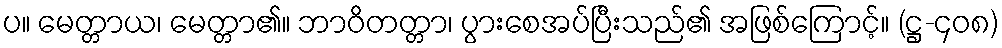
ပ။ မေတ္တာယ၊ မေတ္တာ၏။ ဘာဝိတတ္တာ၊ ပွားစေအပ်ပြီးသည်၏ အဖြစ်ကြောင့်။ (ဋ္ဌ-၄၀၈)